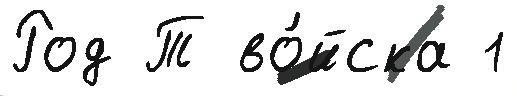
Род Т во́йска 1